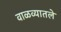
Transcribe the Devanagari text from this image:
वाळव्यातले